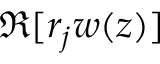
\Re [ r _ { j } w ( z ) ]